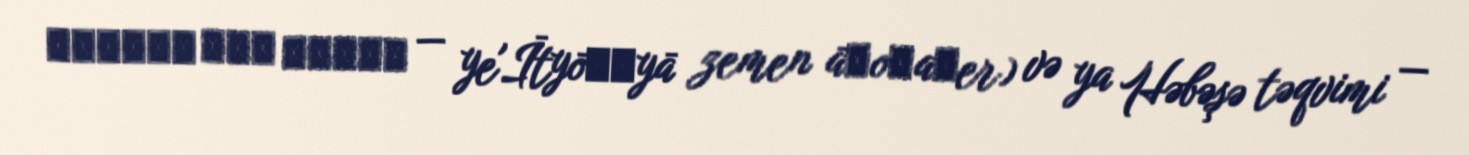
የኢትዮጵያ ዘመን አቆጣጠር — ye'Ītyōṗṗyā zemen āḳoṭaṭer) və ya Həbəşə təqvimi —